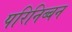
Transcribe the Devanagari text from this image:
परिनिब्बन